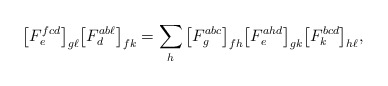
\begin{align*}\big[F^{fcd}_e \big]_{g \ell} \big[ F^{ab\ell}_d\big]_{fk} &= \sum_h \big[ F^{abc}_g \big]_{fh} \big[ F^{ahd}_e \big]_{gk} \big[ F^{bcd}_k \big]_{h\ell},\end{align*}